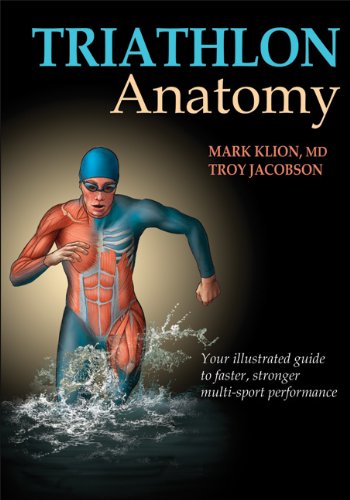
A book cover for Triathlon Anatomy; Mark Klion; Health, Fitness & Dieting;